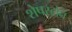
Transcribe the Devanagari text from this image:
शेपस्टोन